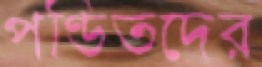
পণ্ডিতদের